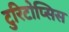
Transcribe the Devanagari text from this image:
टुरिटोप्सिस